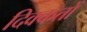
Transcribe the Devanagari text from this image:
दिक्‍कतों